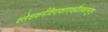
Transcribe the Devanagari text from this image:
क्लेशकर्मविपाकाराशयैरपरामृष्टः